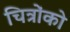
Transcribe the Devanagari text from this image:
चित्रोंको